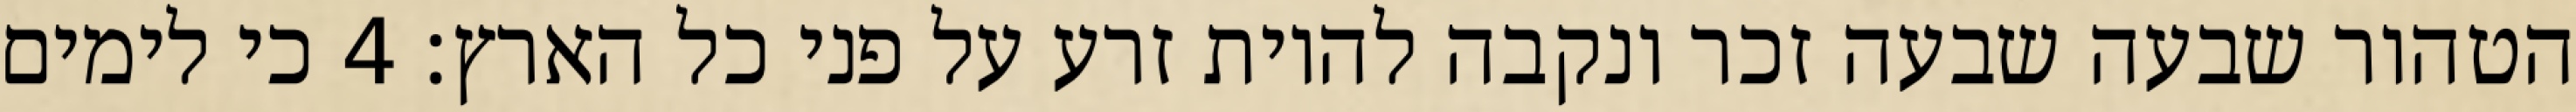
הטהור שבעה שבעה זכר ונקבה להיות זרע על פני כל הארץ׃ ‎4‏ כי לימים